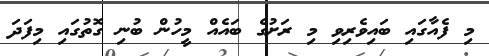
މި ފެއާގައި ބައިވެރިވި މި ރަށުގެ ބައެއް މީހުން ބުނި ގޮތުގައި މިފަދަ